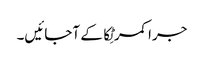
جرا کمر ٹِکا کے آجائیں۔